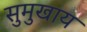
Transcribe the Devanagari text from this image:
सुमुखाय